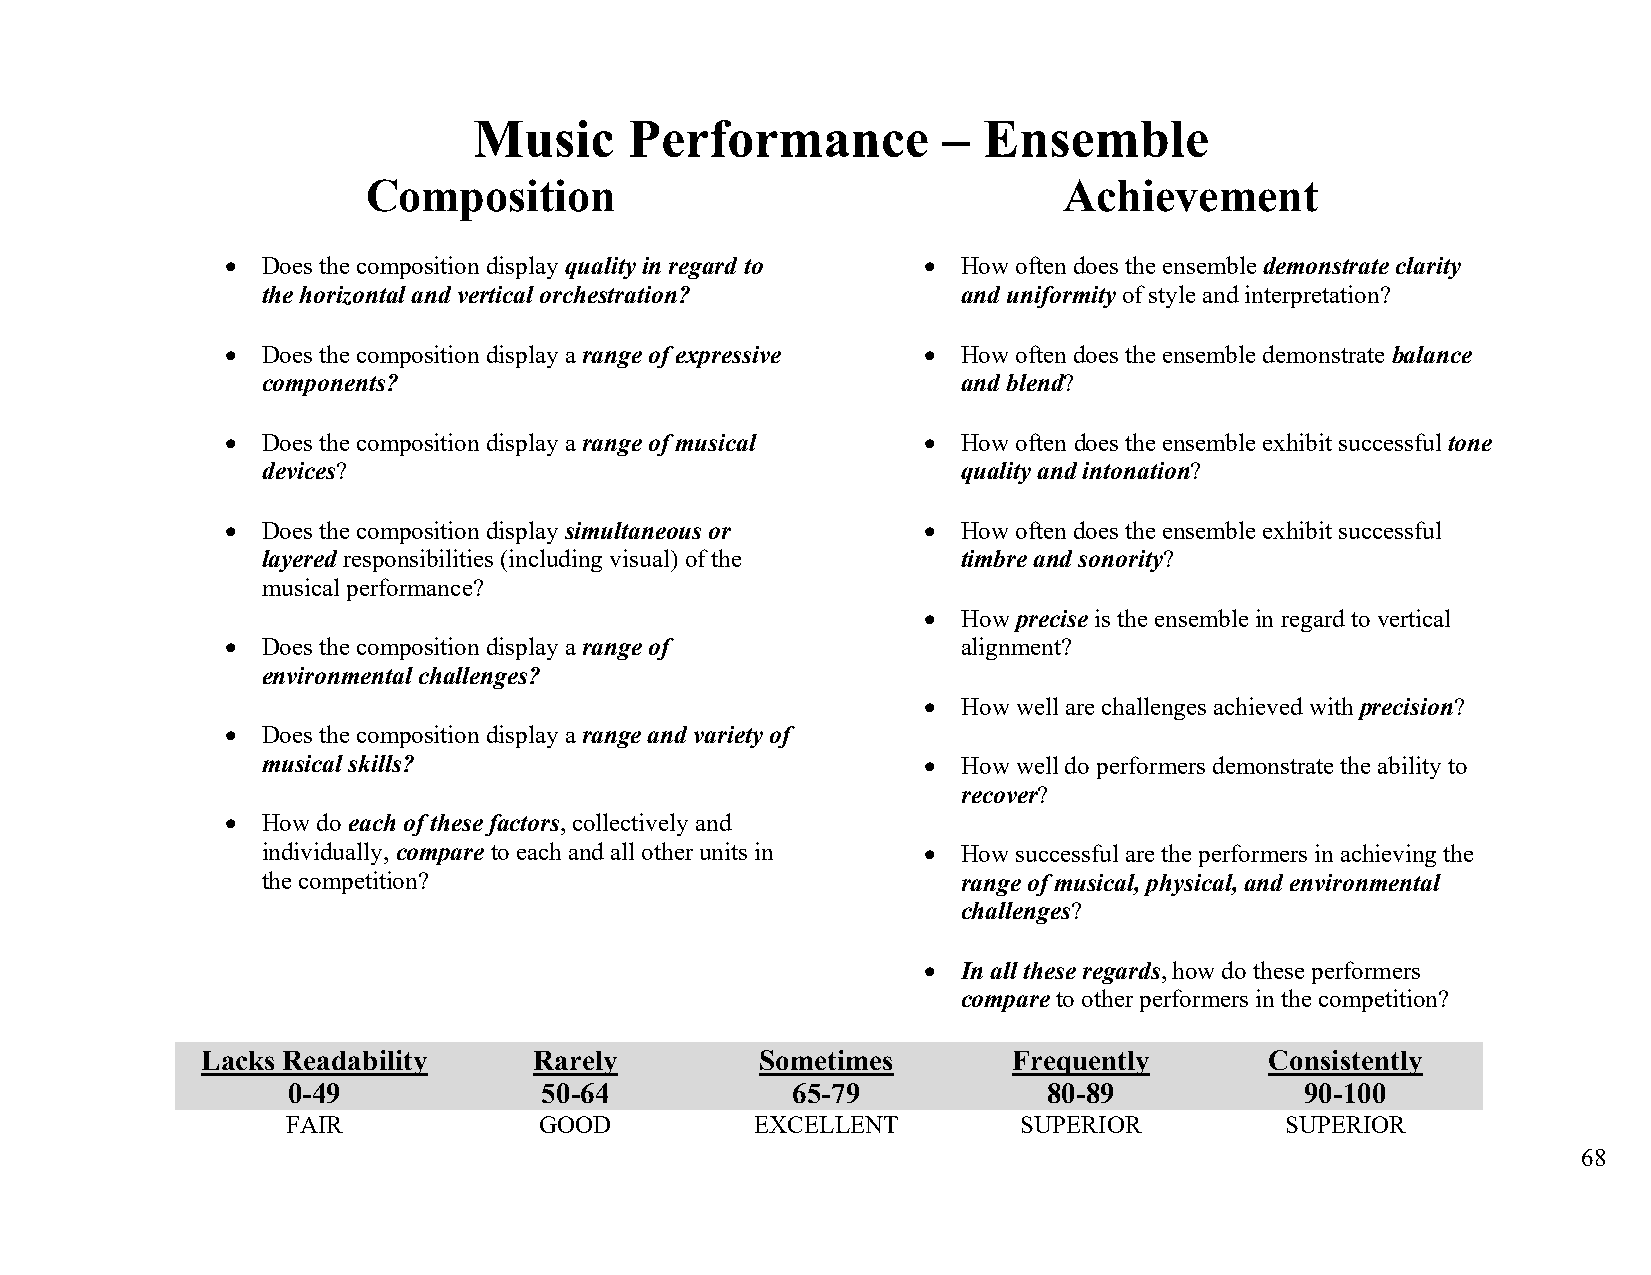
Music      Performance         –  Ensemble
 Composition                                   Achievement
 • Does the composition display quality in regard to • How often does the ensemble demonstrate clarity
 the horizontal and vertical orchestration?     and uniformity of style and interpretation?
 • Does the composition display a range of expressive • How often does the ensemble demonstrate balance
 components?                                    and blend?
 • Does the composition display a range of musical • How often does the ensemble exhibit successful tone
 devices?                                       quality and intonation?
 • Does the composition display simultaneous or • How often does the ensemble exhibit successful
 layered responsibilities (including visual) of the timbre and sonority?
 musical performance?
 •  How precise is the ensemble in regard to vertical
 • Does the composition display a range of        alignment?
 environmental challenges?
 •  How well are challenges achieved with precision?
 • Does the composition display a range and variety of
 musical skills?                             •  How well do performers demonstrate the ability to
 recover?
 • How do each of these factors, collectively and
 individually, compare to each and all other units in • How successful are the performers in achieving the
 the competition?                               range of musical, physical, and environmental
 challenges?
 •  In all these regards, how do these performers
 compare to other performers in the competition?
 Lacks Readability     Rarely         Sometimes        Frequently       Consistently
 0-49             50-64           65-79            80-89            90-100
 FAIR             GOOD          EXCELLENT         SUPERIOR         SUPERIOR
 68